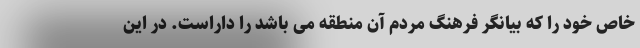
خاص خود را که بیانگر فرهنگ مردم آن منطقه می باشد را داراست. در این